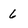
Character: 6